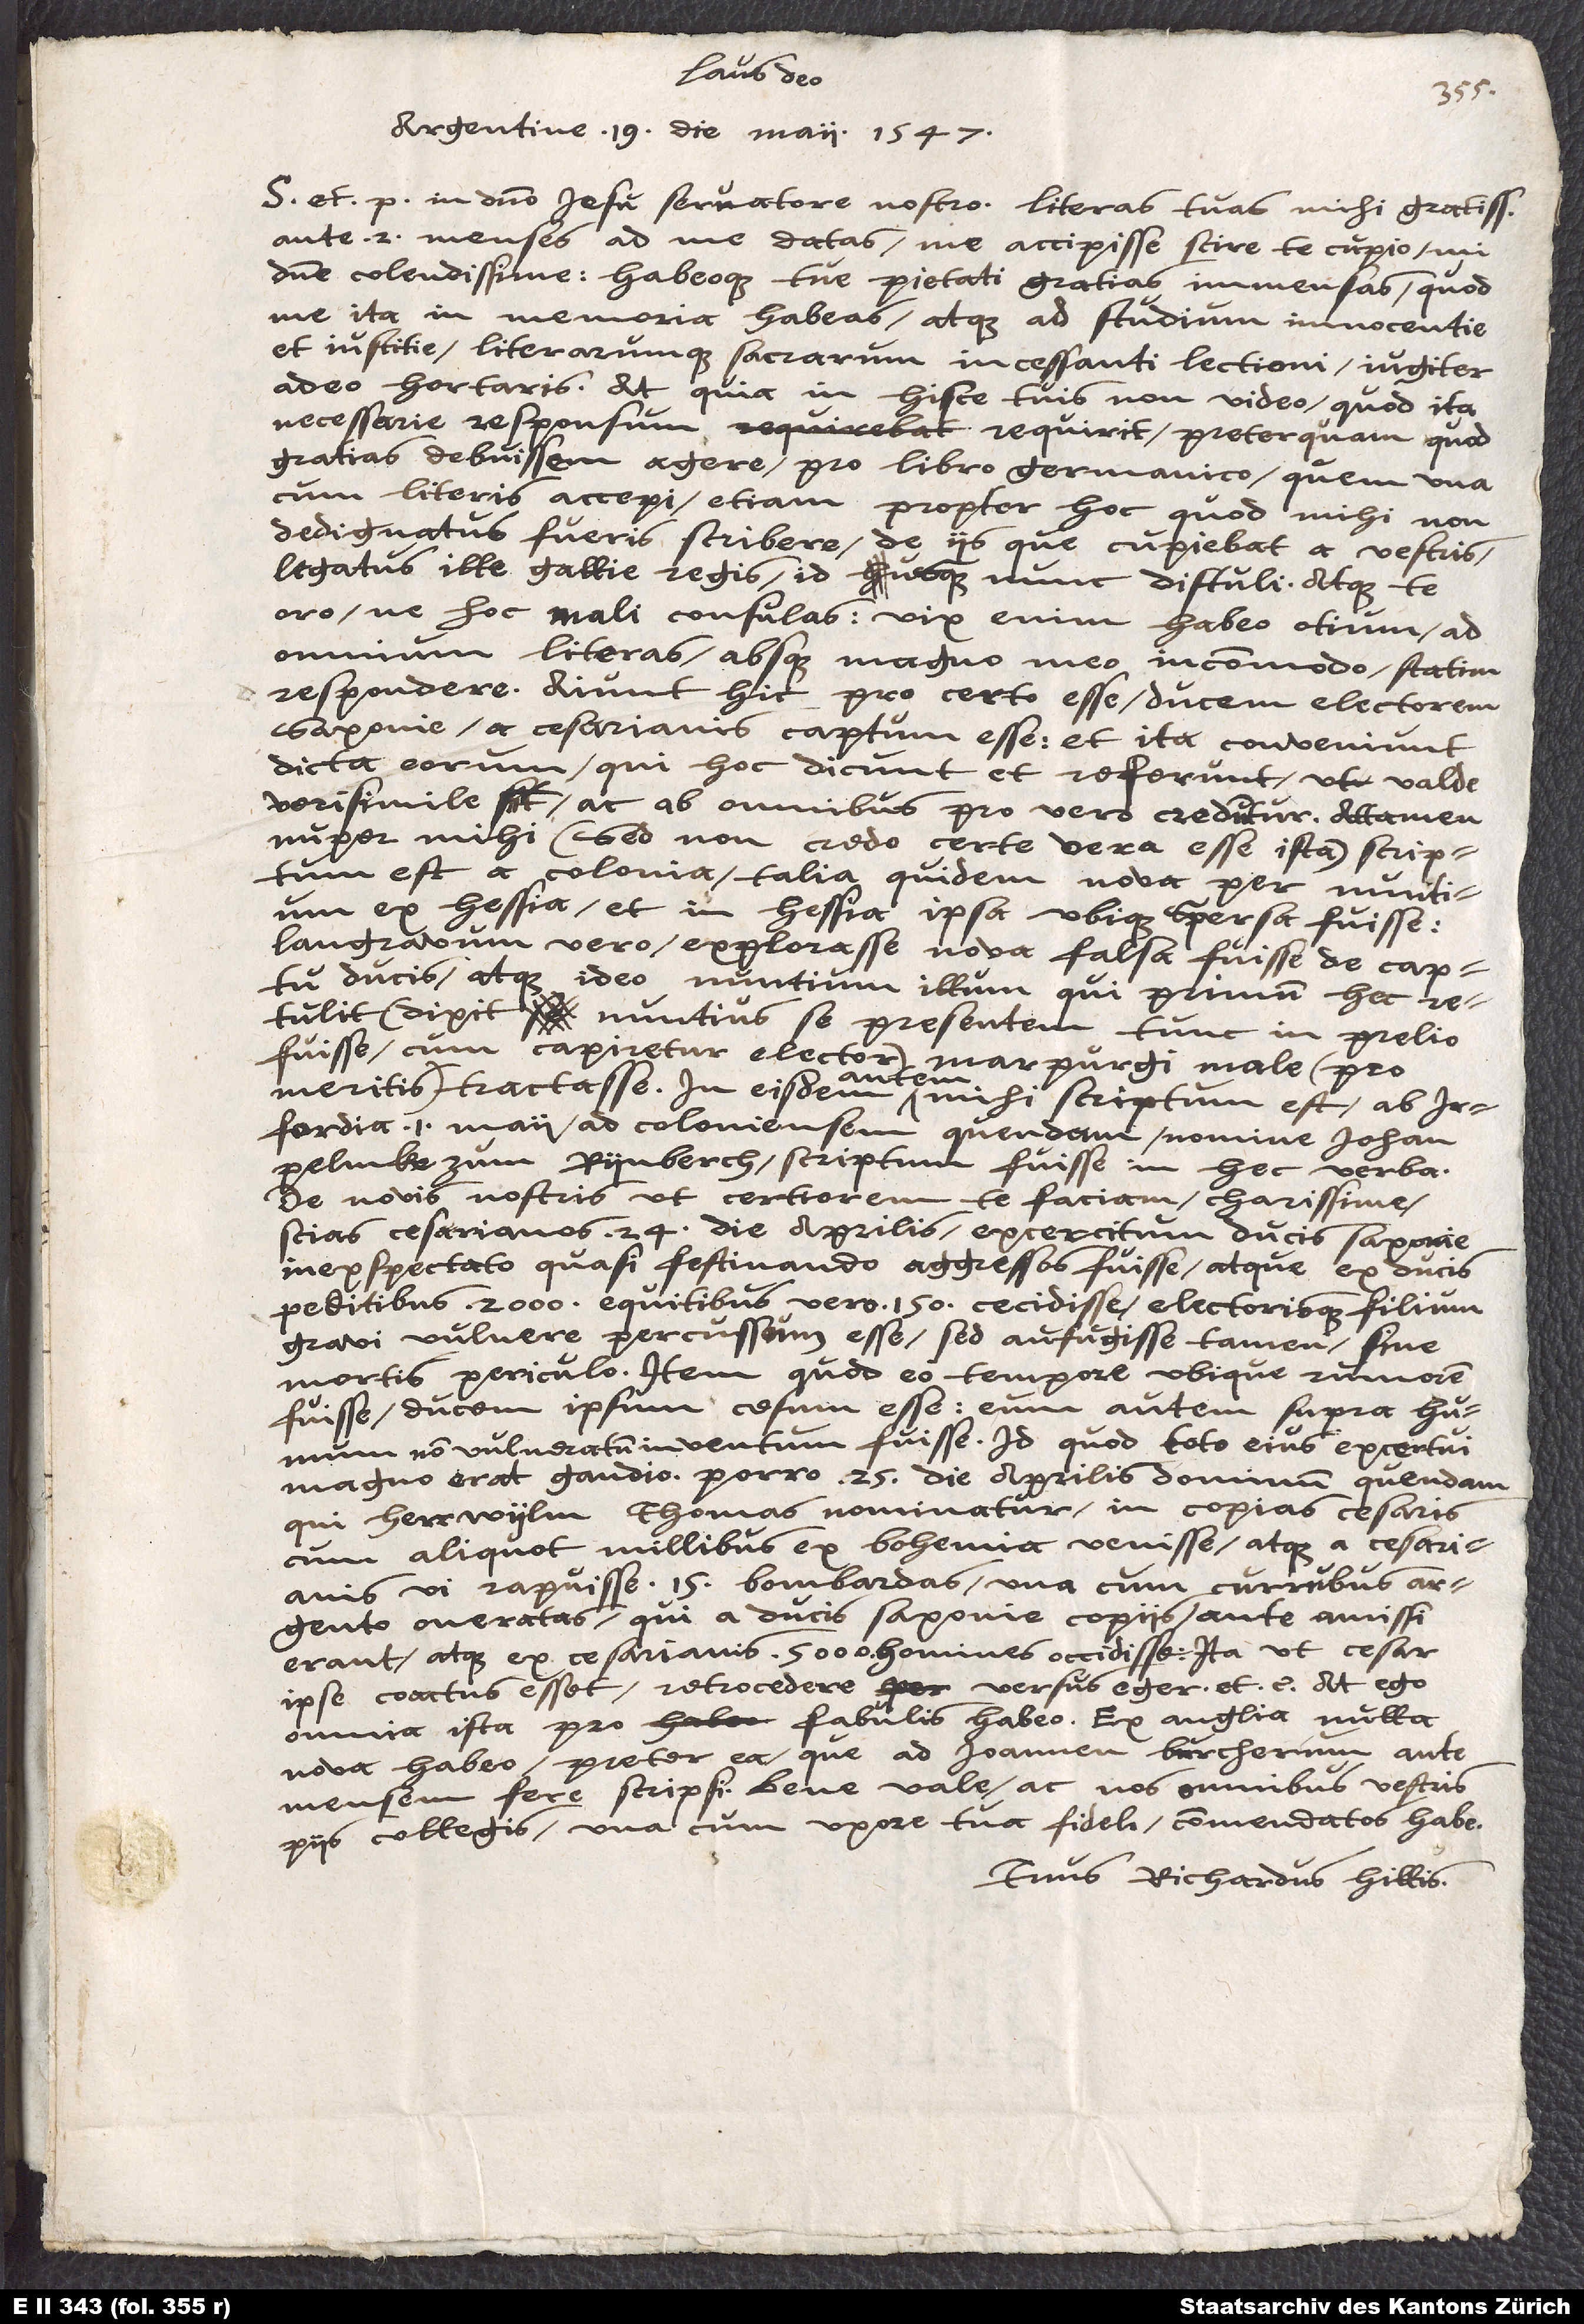
Laus deo!
Argentine, 19. die maii 1547.
S in domino Iesu, servatore nostro. Literas tuas mihi gratissimas
ante 2 menses ad me datas me accepisse scire te cupio, mi
domine colendissime, habeoque tue pietati gratias immensas, quod
me ita in memoria habeas atque ad studium innocentie
et iustitie literarumque sacrarum incessanti lectioni iugiter
adeo hortaris. At quia in hisce tuis non video, quod ita
necessarie responsum requirit, preterquam quod
gratias debuissem agere pro libro Germanico, quem una
cum literis accepi, etiam propter hoc, quod mihi non
dedignatus fueris scribere de iis, que cupiebat a vestris
legatus ille Gallie regis, id usque nunc distuli atque te
oro, ne hoc mali consulas; vix enim habeo otium ad
omnium literas absque magno meo incommodo statim
respondere. Aiunt hic pro certo esse ducem electorem
Saxonie a cesarianis captum esse, et ita conveniunt
dicta eorum, qui hoc dicunt et referunt, ut valde
verisimile sit ac ab omnibus pro vero creduntur. Attamen
nuper mihi (sed non credo certe vera esse ista) scriptum
est a Colonia talia quidem nova per nuntium
langravum vero explorasse nova falsa fuisse de captu
ducis atque ideo nuntium illum, qui primum hec
retulit (dixit nuntius se presentem tunc in prelio
fuisse, cum capiretur elector) Marpurgi male (pro
autem
meritis) tractasse. In eisdem
mihi scriptum est ab
Irfordia 1. maii ad Coloniensem quendam nomine Iohan
Pelmke zum Rynberch scriptum fuisse in hec verba:
"De novis nostris ut certiorem te faciam, charissime,
scias cesarianos 24. die aprilis exercitum ducis Saxonie
inexspectato quasi festinando agressos fuisse atque ex ducis
peditibus 2'000, equitibus vero 150 cecidisse electoris filium
gravi vulnere percussum esse, sed aufugisse tamen sine
mortis periculo. Item quod eo tempore ubique rumorem
fuisse ducem ipsum cesum esse, eum autem super humum
non vulneratum inventum fuisse; id quod toto eius exercitui
magno erat gaudio. Porro 25. die aprilis dominum quendam,
qui herr Wylm Thomas nominatur, in copias cesaris
cum aliquot millibus ex Bohemia venisse atque a cesarianis
vi rapuisse 15 bombardas una cum currubus
argento oneratis, qui a ducis Saxonie copiis ante amissi
erant, atque ex cesarianis 5'000 homines occidisse, ita ut cesar
ipse coactus esset retrocedere versus Eger", etc. At ego
omnia ista pro fabulis habeo. Ex Anglia nulla
nova habeo preter ea, que ad Ioannem Burcherum ante
mensem fere scripsi. Bene vale ac nos omnibus vestris
piis collegis una cum uxore tua fideli commendatos habe.
Tuus Richardus Hillis.